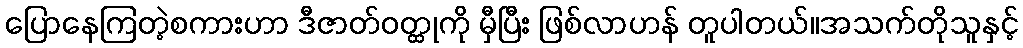
ပြောနေကြတဲ့စကားဟာ ဒီဇာတ်ဝတ္ထုကို မှီပြီး ဖြစ်လာဟန် တူပါတယ်။အသက်တိုသူနှင့်